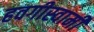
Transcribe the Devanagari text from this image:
हवगीस्वामी